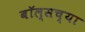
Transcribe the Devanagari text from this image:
बॉल्सच्या